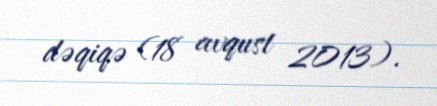
dəqiqə (18 avqust 2013).